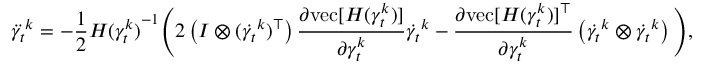
\ddot { \gamma _ { t } } ^ { k } = - \frac { 1 } { 2 } { H ( \gamma _ { t } ^ { k } ) } ^ { - 1 } \Bigg ( 2 \left( I \otimes ( \dot { \gamma _ { t } } ^ { k } ) ^ { \top } \right) \frac { \partial \mathrm { v e c } [ H ( \gamma _ { t } ^ { k } ) ] } { \partial \gamma _ { t } ^ { k } } \dot { \gamma _ { t } } ^ { k } - \frac { \partial \mathrm { v e c } [ H ( \gamma _ { t } ^ { k } ) ] ^ { \top } } { \partial \gamma _ { t } ^ { k } } \left( \dot { \gamma _ { t } } ^ { k } \otimes \dot { \gamma _ { t } } ^ { k } \right) \Bigg ) ,